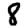
Digit: 8